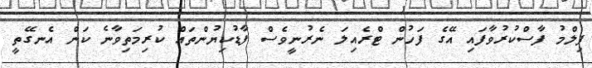
ފިލްމު ފާސްކުރުވާފައި އޭގެ ފަހުން ޓްރެއިލަ ނެރުނީވެސް ފާޑުކިޔުންތައް ކުރިމަތިވާނެ ކަން އެނގޭތީ